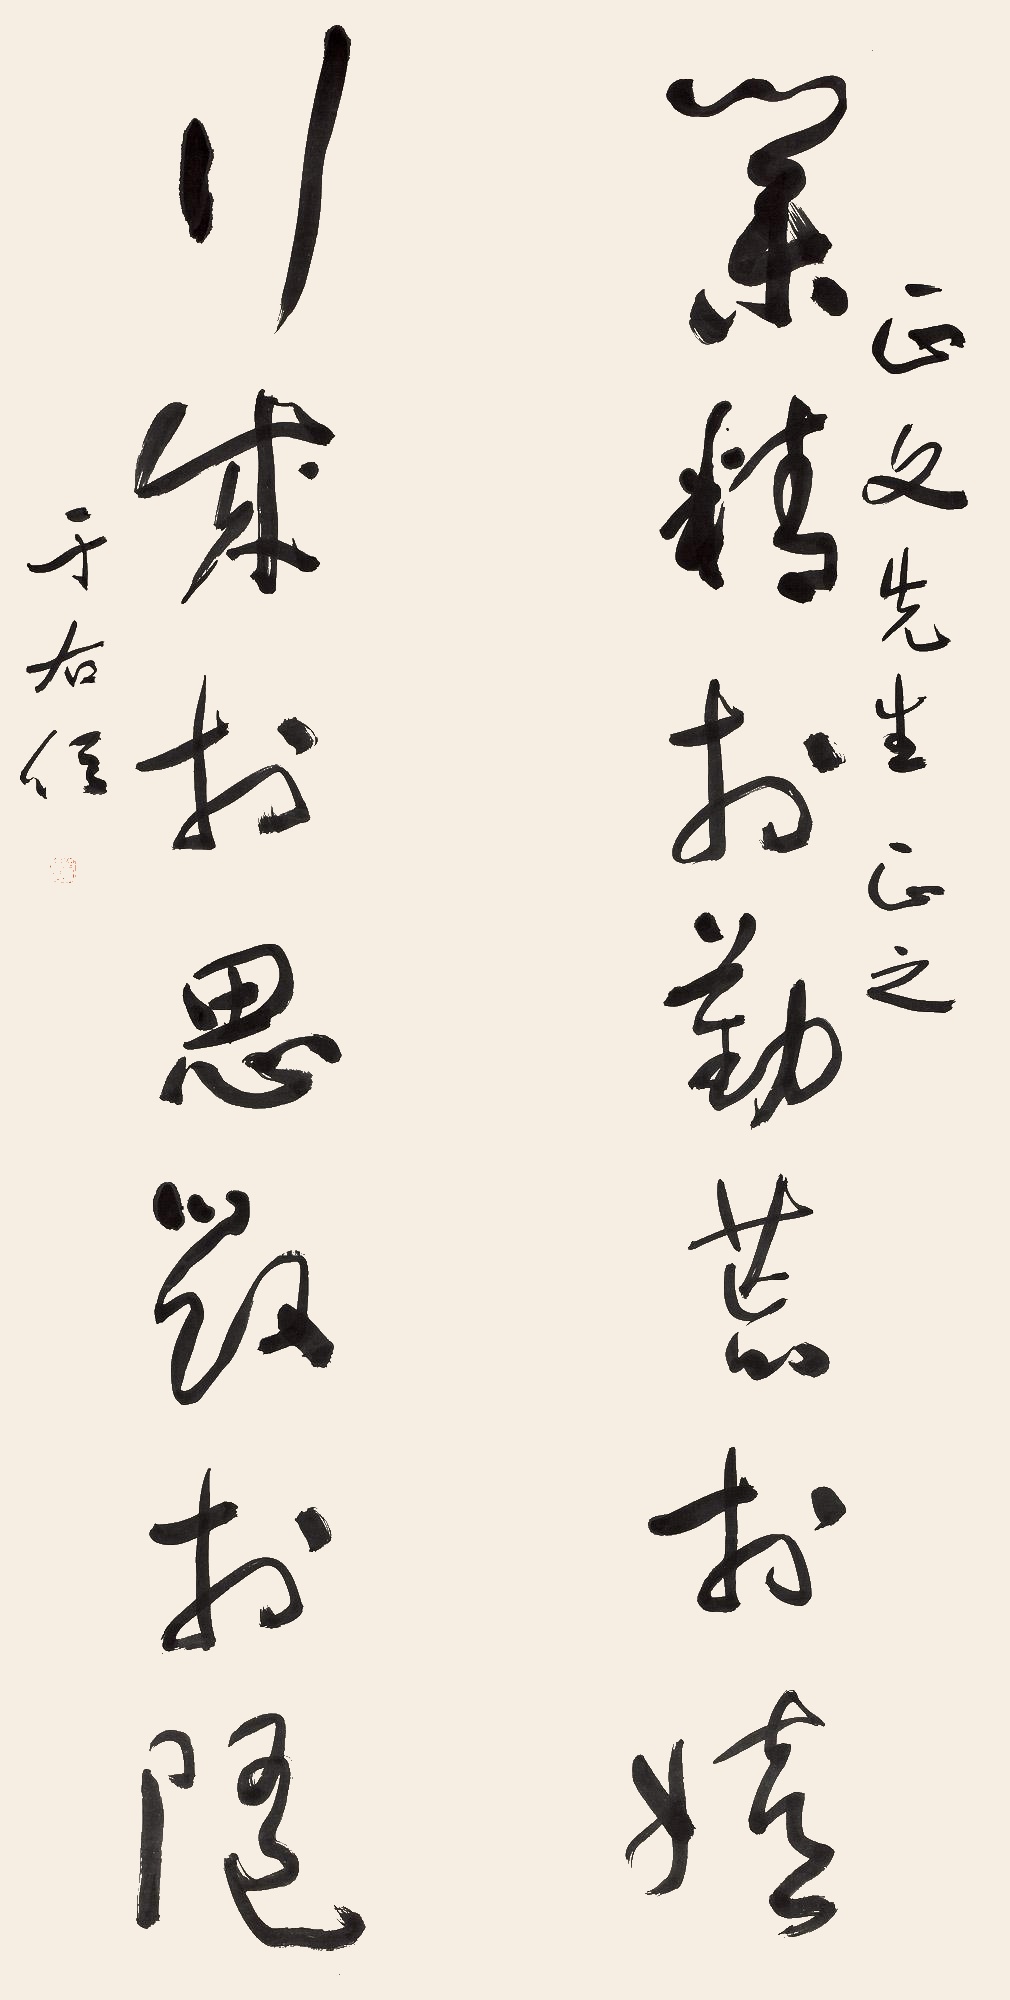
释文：业精于勤荒于嬉行成于思毁于随正文先生正之于右任